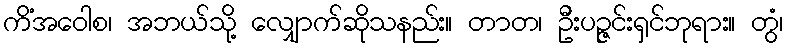
ကိံအဝေါစ၊ အဘယ်သို့ လျှောက်ဆိုသနည်း။ တာတ၊ ဦးပဉ္ဇင်းရှင်ဘုရား။ တွံ၊